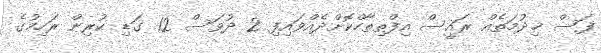
ފަސް ޚިދުމަތެއް ރައީސް އިފްތިތާހްކޮށްދެއްވައިފި 2 ދުވަސް 12 ގަޑި ކުރިން ރަހިމުގެ